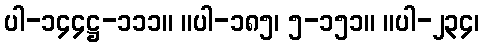
ပါ-၁၄၄ဋ္ဌ-၁၁၁။ ။ပါ-၁၈၅၊ ၅-၁၅၁။ ။ပါ-၂၃၄၊